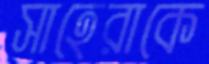
সাহেরাকে